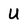
Character: U